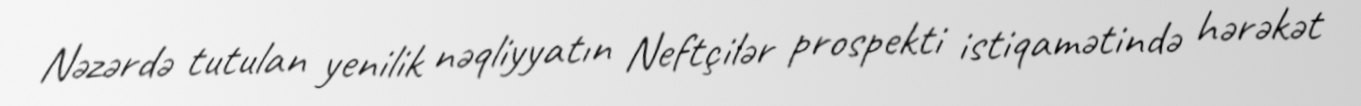
Nəzərdə tutulan yenilik nəqliyyatın Neftçilər prospekti istiqamətində hərəkət